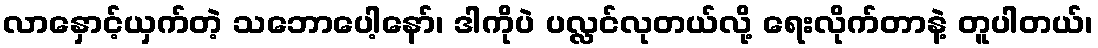
လာနှောင့်ယှက်တဲ့ သဘောပေါ့နော်၊ ဒါကိုပဲ ပလ္လင်လုတယ်လို့ ရေးလိုက်တာနဲ့ တူပါတယ်၊